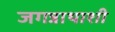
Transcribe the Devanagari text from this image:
जगन्नाथाशी